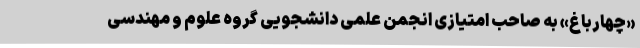
«چهارباغ» به صاحب امتیازی انجمن علمی دانشجویی گروه علوم و مهندسی